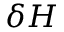
\delta H